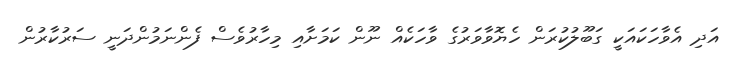
އަދި އެވާހަކައަކީ ގަބޫލުކުރަން ހެޔޮވާވަރުގެ ވާހަކެއް ނޫން ކަމަށާއި މިހާރުވެސް ފެންނަމުންދަނީ ސަރުކާރުން